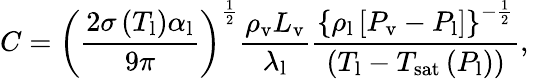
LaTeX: C=\left(\frac{2\sigma\left(T_{\mathrm{l}}\right)\alpha_{\mathrm{l}}}{9\pi}\right)^{\frac{1}{2}}\frac{\rho_{\mathrm{v}}L_{\mathrm{v}}}{\lambda_{\mathrm{l}}}\frac{\left\{ \rho_{\mathrm{l}}\left[P_{\mathrm{v}}-P_{\mathrm{l}}\right]\right\} ^{-\frac{1}{2}}}{\left(T_{\mathrm{l}}-T_{\mathrm{sat}}\left(P_{\mathrm{l}}\right)\right)},\,